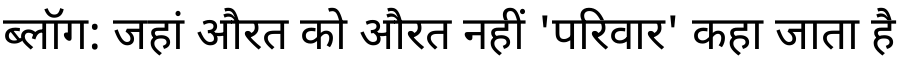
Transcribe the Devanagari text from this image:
ब्लॉग: जहां औरत को औरत नहीं 'परिवार' कहा जाता है